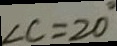
\angle C = 2 0 ^ { \circ }